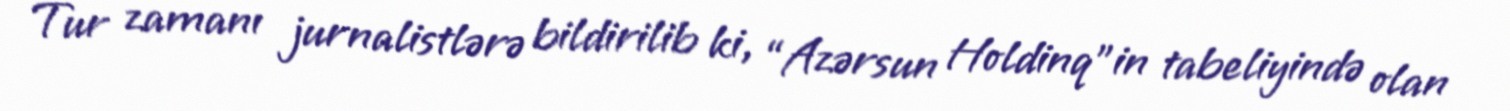
Tur zamanı jurnalistlərə bildirilib ki, “Azərsun Holdinq”in tabeliyində olan